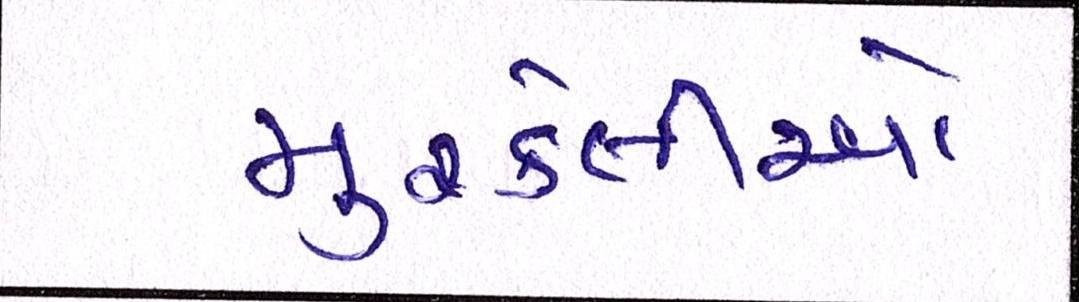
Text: મુશ્કેલીઓ